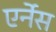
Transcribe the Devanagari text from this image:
एर्नेस